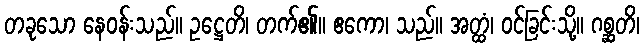
တခုသော နေဝန်းသည်။ ဥဋ္ဌေတိ၊ တက်၏။ ဧကော၊ သည်။ အတ္ထံ၊ ဝင်ခြင်းသို့။ ဂစ္ဆတိ၊